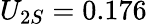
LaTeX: U_{2S}=0.176